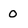
Character: 0